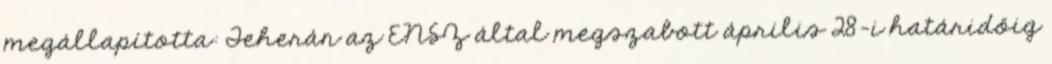
megállapította: Teherán az ENSZ által megszabott április 28-i határidőig